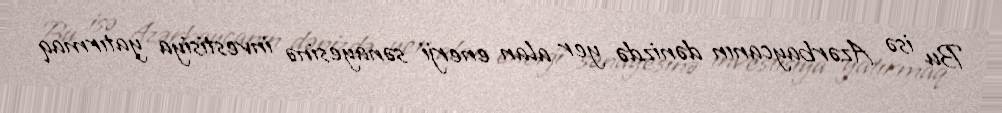
Bu isə Azərbaycanın dənizdə yer alan enerji sənayesinə investisiya yatırmaq